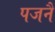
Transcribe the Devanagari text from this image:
पजनै